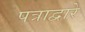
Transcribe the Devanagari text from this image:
पत्राद्वारे